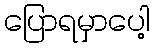
ပြောရမှာပေါ့